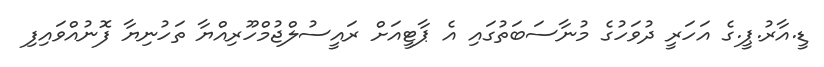
ޑީ.އާރު.ޕީ.ގެ އަހަރީ ދުވަހުގެ މުނާސަބަތުގައި އެ ޕާޓީއަށް ރައީސުލްޖުމްހޫރިއްޔާ ތަހުނިޔާ ފޮނުއްވައިފި